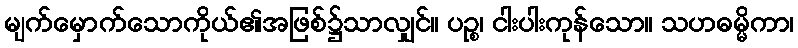
မျက်မှောက်သောကိုယ်၏အဖြစ်၌သာလျှင်။ ပဉ္စ၊ ငါးပါးကုန်သော။ သဟဓမ္မိကာ၊